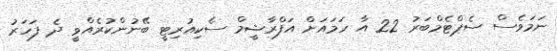
ނަމަވެސް ސެޕްޓެމްބަރު 22 އާ ހަމައަށް އަފްރާޝީމް ސެކިއުރިޓީ ބޭނުންކުރެއްވީ ދެ ފަހަރު